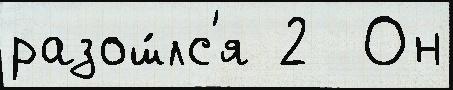
разош́лс'я 2  Он